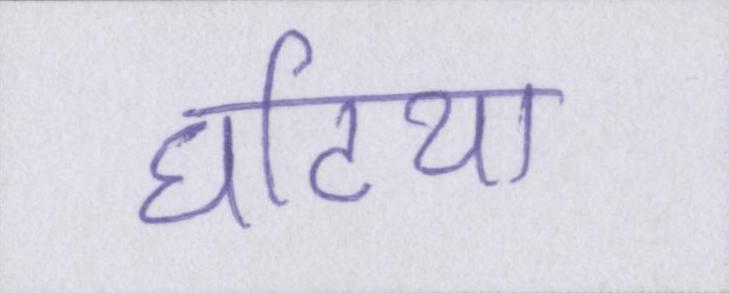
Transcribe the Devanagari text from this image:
घटिया